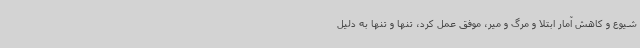
شیوع و کاهش آمار ابتلا و مرگ و میر، موفق عمل کرد، تنها و تنها به دلیل